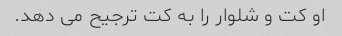
او کت و شلوار را به کت ترجیح می دهد.